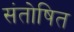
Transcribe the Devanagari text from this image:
संतोषित